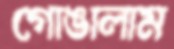
গোঙালাম